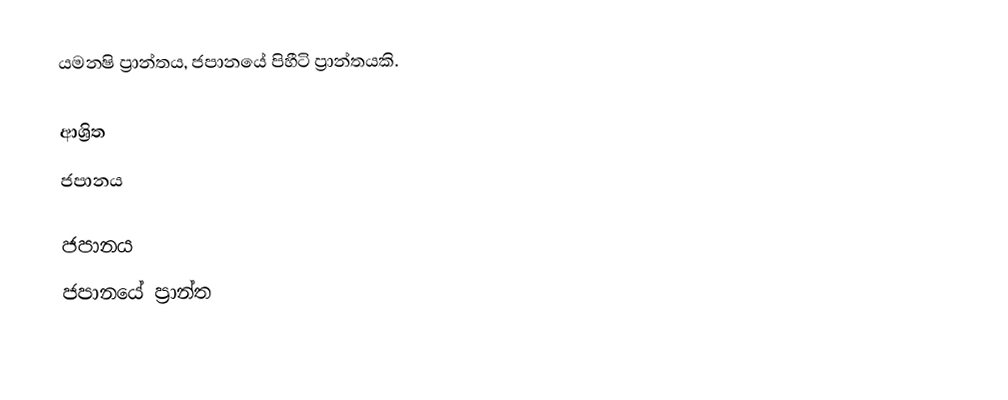
යමනෂි ප්‍රාන්තය, ජපානයේ පිහීටි ප්‍රාන්තයකි.

ආශ්‍රිත
 ජපානය

ජපානය
ජපානයේ ප්‍රාන්ත